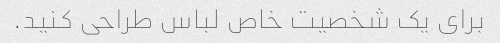
برای یک شخصیت خاص لباس طراحی کنید.